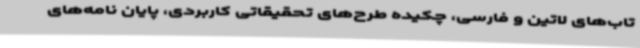
تاب‌های لاتین و فارسی، چکیده طرح‌های تحقیقاتی کاربردی، پایان نامه‌های